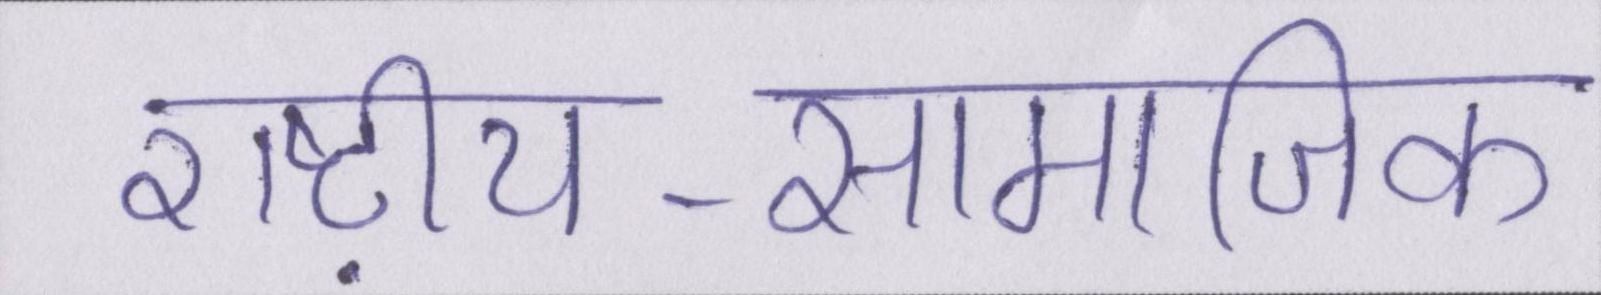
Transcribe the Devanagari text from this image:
राष्ट्रीय-सामाजिक